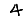
Digit: 4